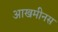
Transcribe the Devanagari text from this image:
आखमीनस